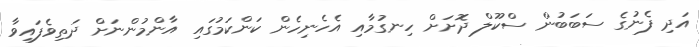
އަދި ފެނުގެ ސަބަބުން ސްކޫލް ދޮށަށް ހިނގުމާއި އެހެނިހެން ކަންކަމުގައި އާންމުންނަށް ދަތިވެފައިވާ